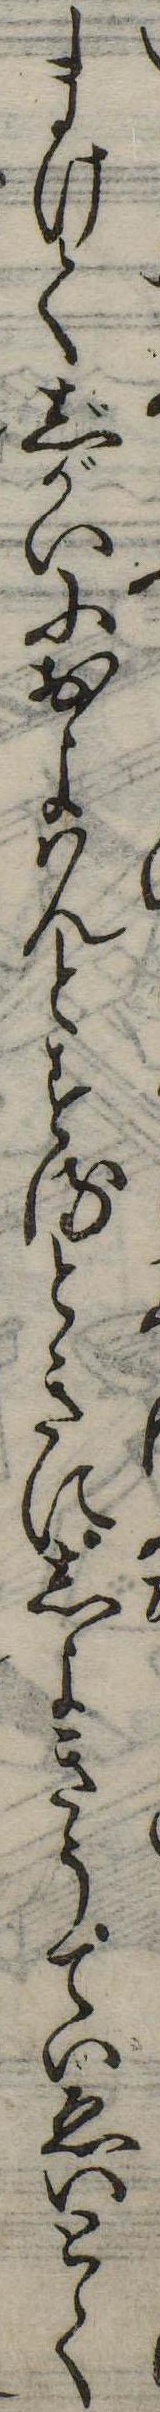
まけてじがいにおよはんとするときにしよきうていゑいとて